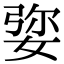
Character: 𡝠